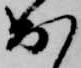
出